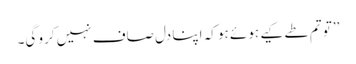
’’تو تم طے کیے ہوئے ہو کہ اپنا دل صاف نہیں کرو گی۔